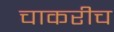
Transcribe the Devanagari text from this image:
चाकरीच